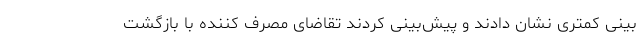
بینی کمتری نشان دادند و پیش‌بینی کردند تقاضای مصرف کننده با بازگشت